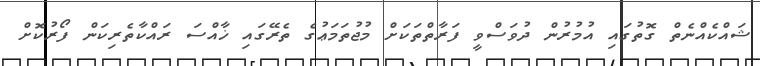
ޝައްކެއްނެތް ގޮތުގައި އުމުރުން ދުވަސްވީ ފަރާތްތަކަށް މުޖުތަމަޢުގެ ތެރޭގައި ޚާއްސަ ރައްކާތެރިކަން ފޯރުކޮށް